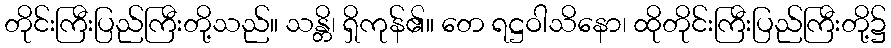
တိုင်းကြီးပြည်ကြီးတို့သည်။ သန္တိ၊ ရှိကုန်၏။ တေ ရဋ္ဌဝါသိနော၊ ထိုတိုင်းကြီးပြည်ကြီးတို့၌